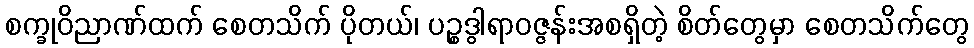
စက္ခုဝိညာဏ်ထက် စေတသိက် ပိုတယ်၊ ပဉ္စဒွါရာဝဇ္ဇန်းအစရှိတဲ့ စိတ်တွေမှာ စေတသိက်တွေ